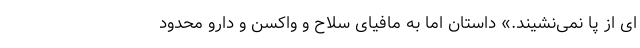
ای از پا نمی‌نشیند.» داستان اما به مافیای سلاح و واکسن و دارو محدود